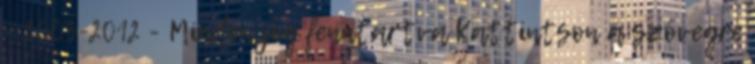
- 2003-2012 - Minden jog fenntartva Kattintson a szövegre